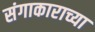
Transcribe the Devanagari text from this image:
संगाकाराच्या